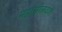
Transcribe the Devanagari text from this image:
महासीलवंश